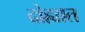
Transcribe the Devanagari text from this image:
दोह्यात